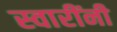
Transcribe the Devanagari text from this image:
स्वारींनी